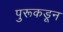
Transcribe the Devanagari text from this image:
पुरूकडून